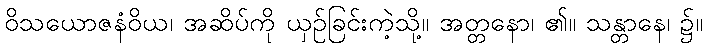
ဝိသယောဇနံဝိယ၊ အဆိပ်ကို ယှဉ်ခြင်းကဲ့သို့။ အတ္တနော၊ ၏။ သန္တာနေ၊ ၌။